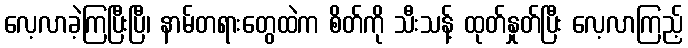
လေ့လာခဲ့ကြပြီးပြီ၊ နာမ်တရားတွေထဲက စိတ်ကို သီးသန့် ထုတ်နှုတ်ပြီး လေ့လာကြည့်